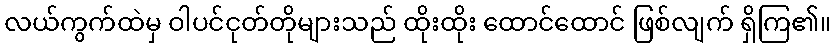
လယ်ကွက်ထဲမှ ဝါပင်ငုတ်တိုများသည် ထိုးထိုး ထောင်ထောင် ဖြစ်လျက် ရှိကြ၏။